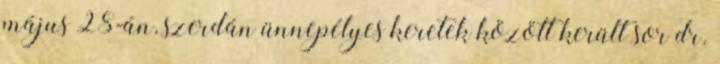
május 28-án, szerdán ünnepélyes keretek között került sor dr.